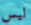
ليس